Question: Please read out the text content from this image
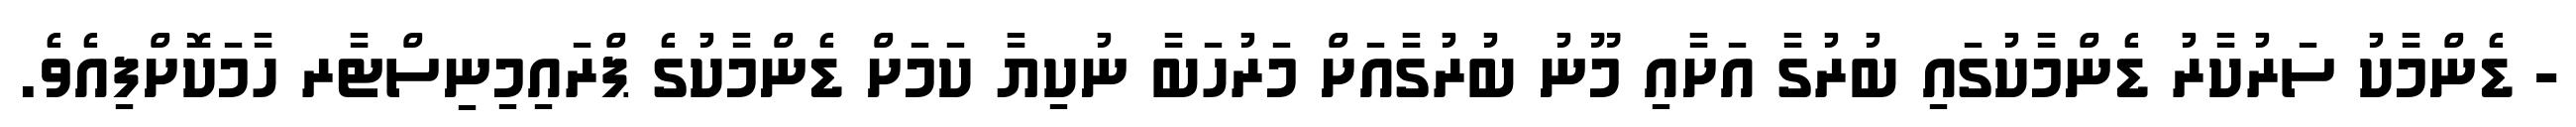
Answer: - ޑެންމާކު ސަރުކާރު ޑެންމާކުގައި ބުރުގާ އަށާއި މޫނު ބުރުގާއަށް މަރުހަބާ ނުކިޔާ ކަމަށް ޑެންމާކުގެ ޕްރައިމިނިސްޓާރ ހާމަކޮށްފިއެވެ.